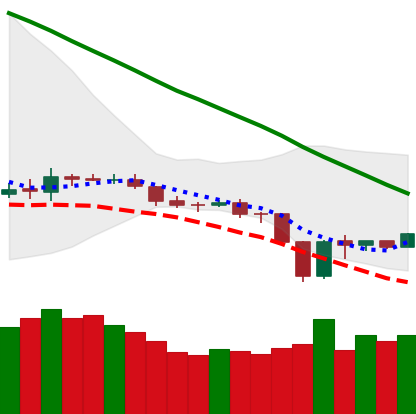
Ticker: BNB-USD
Chart end date: 2019-12-22
Forward return: -3.42%
Label: down_3_5